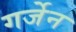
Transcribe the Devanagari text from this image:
गर्जेन